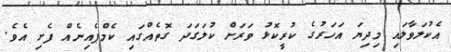
އެކުލަވާލައި މިދިޔަ އަހަރުގެ ކުރީކޮޅު ވަރަށް ކުލަގަދަ ގޮތެއްގައި ކެމްޕެއިނެއް ފެށި އެވެ.